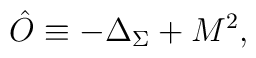
\hat O\equiv -\Delta_{\Sigma}+M^2,